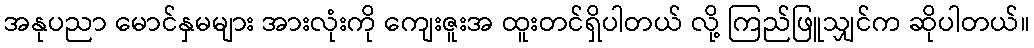
အနုပညာ မောင်နှမများ အားလုံးကို ကျေးဇူးအ ထူးတင်ရှိပါတယ် လို့ ကြည်ဖြူသျှင်က ဆိုပါတယ်။